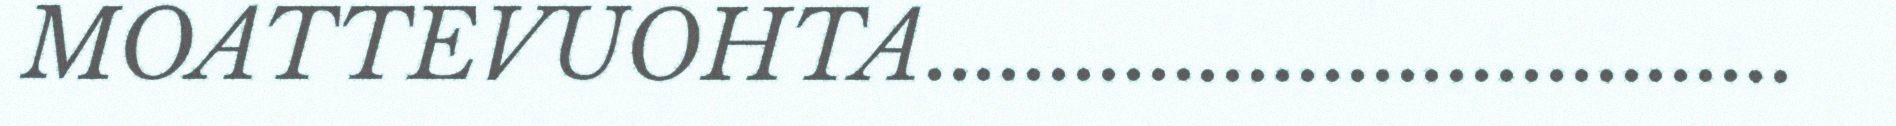
MOATTEVUOHTA...................................